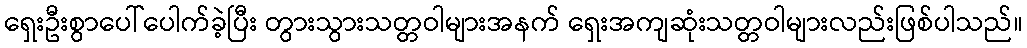
ရှေးဦးစွာပေါ်ပေါက်ခဲ့ပြီး တွားသွားသတ္တဝါများအနက် ရှေးအကျဆုံးသတ္တဝါများလည်းဖြစ်ပါသည်။